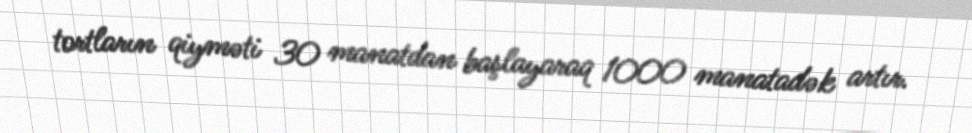
tortların qiyməti 30 manatdan başlayaraq 1000 manatadək artır.